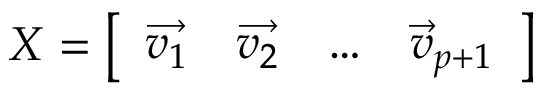
X = { \left[ \begin{array} { l l l l } { { \overrightarrow { v _ { 1 } } } } & { { \overrightarrow { v _ { 2 } } } } & { \dots } & { { \overrightarrow { v } } _ { p + 1 } } \end{array} \right] }